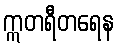
ဣတရီတရေန